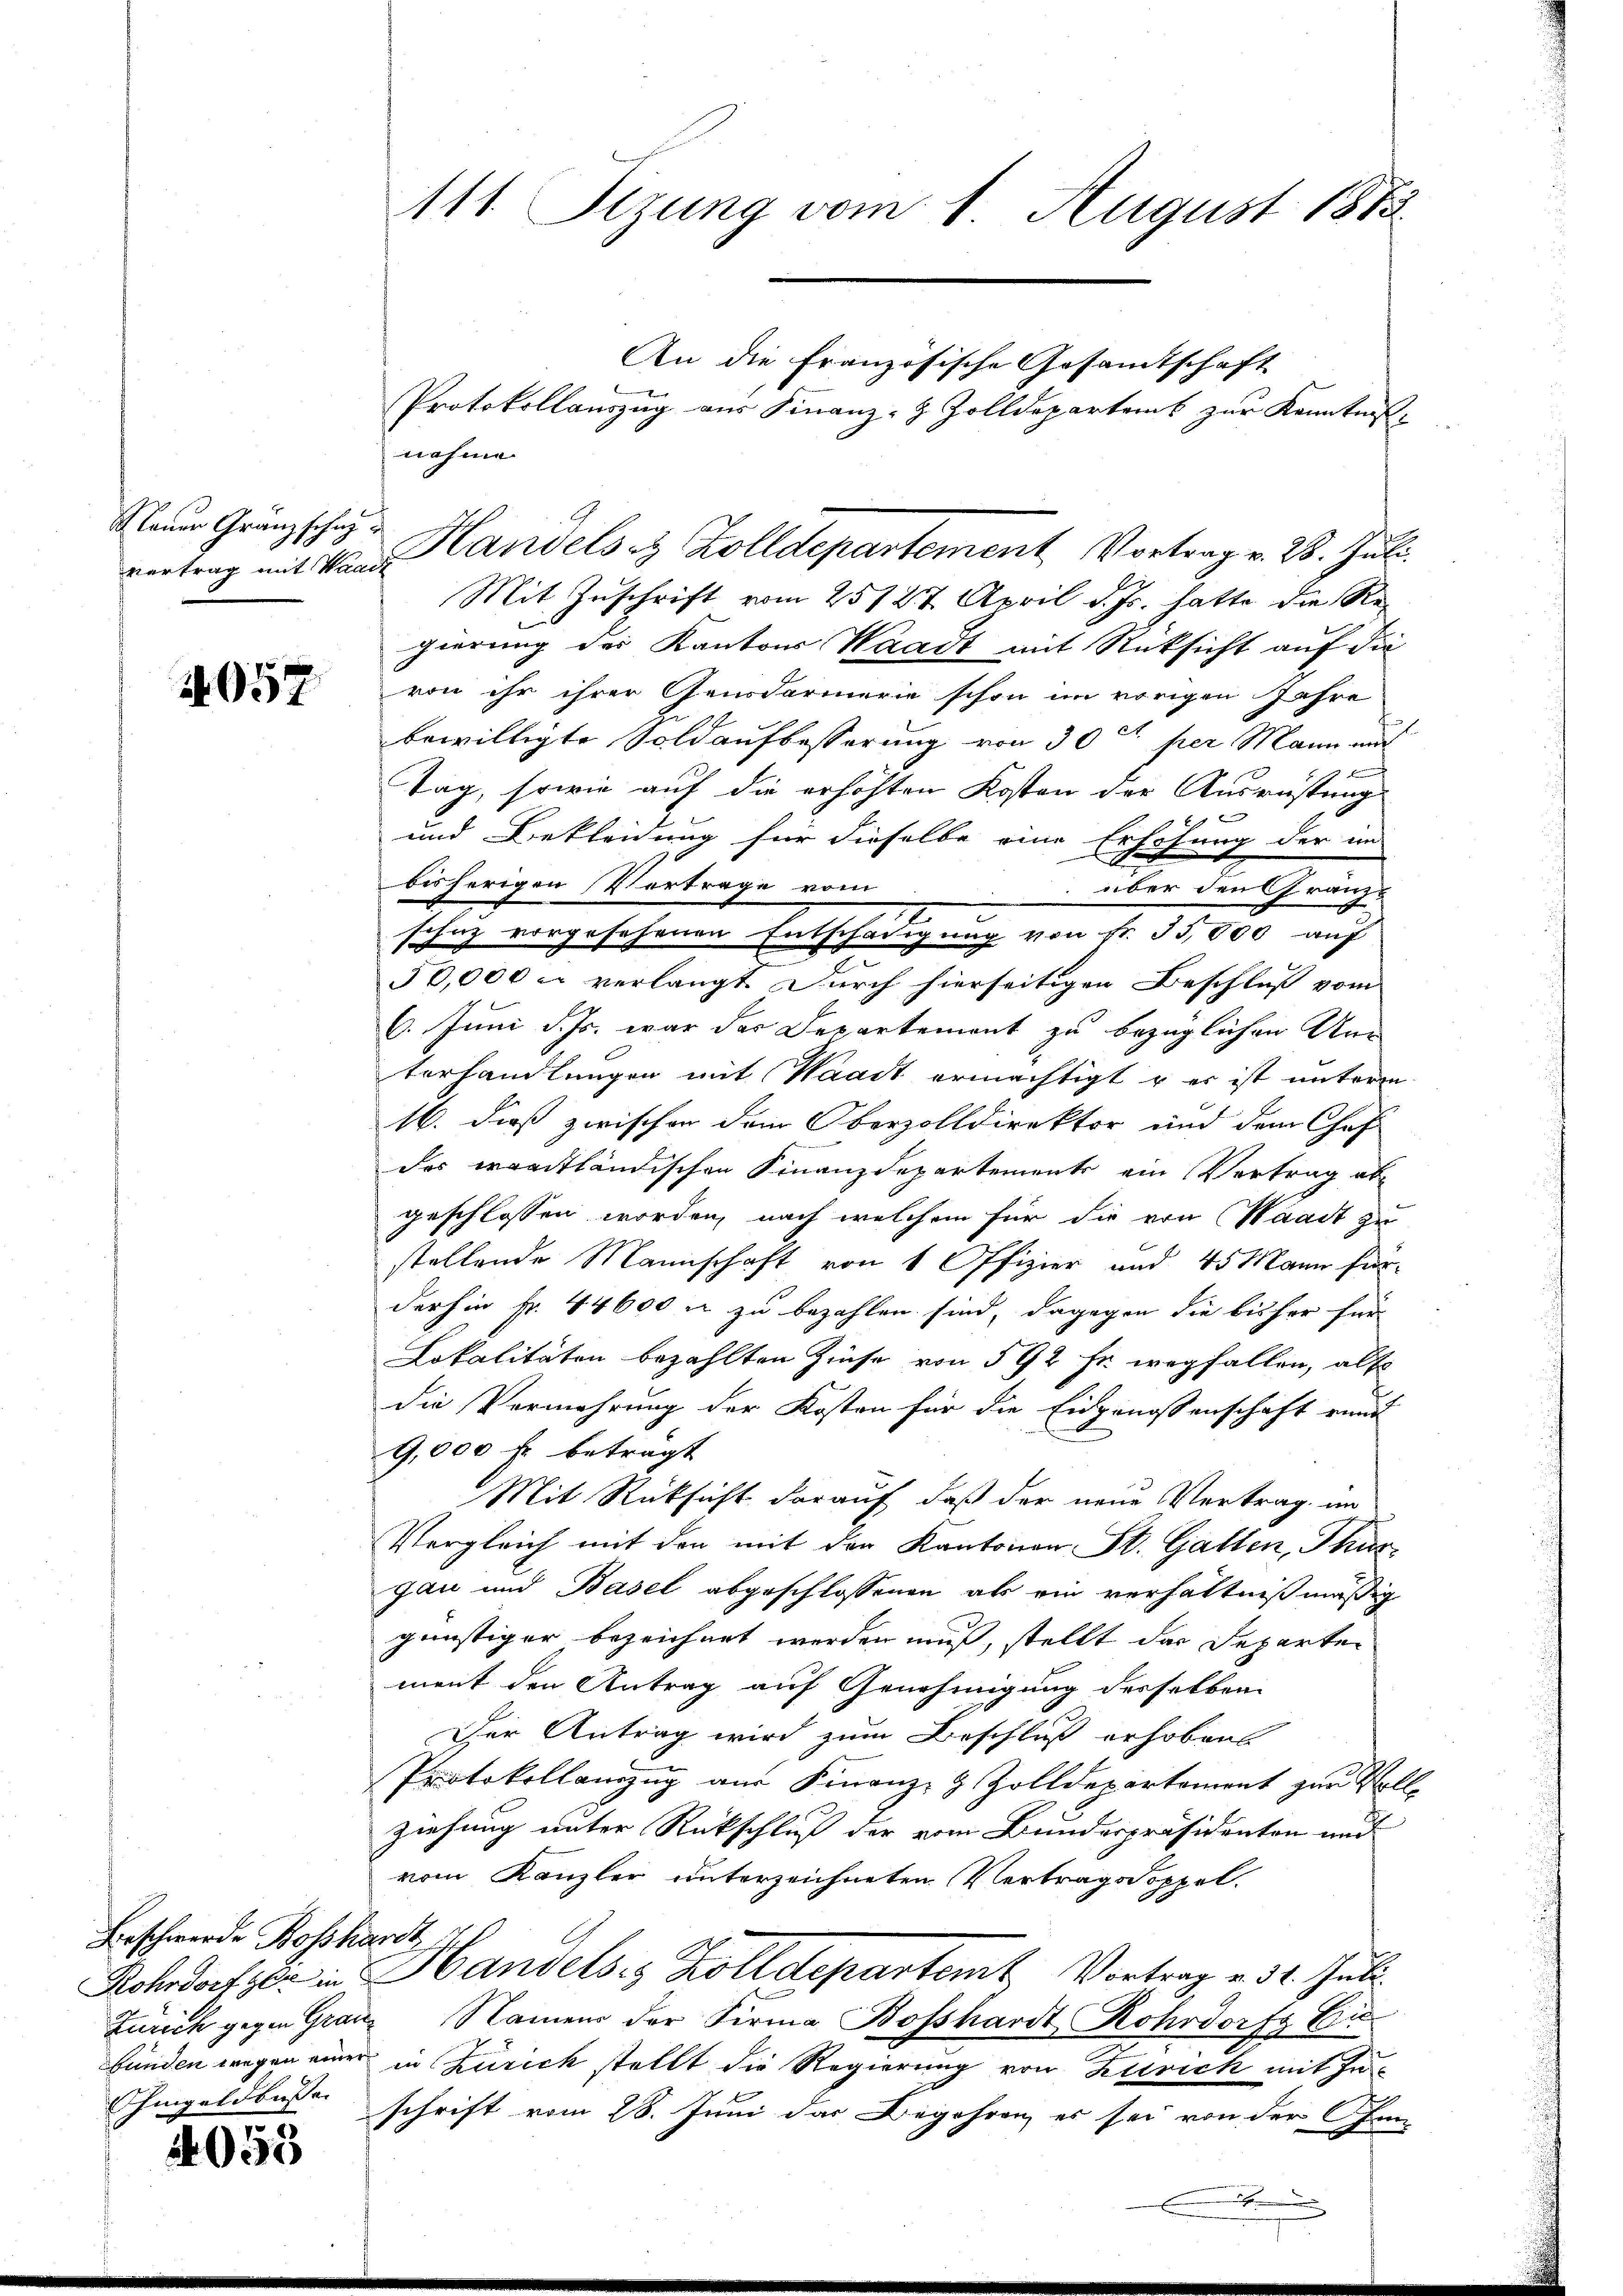
Nauer Gränz schaz

2057

Beschwerde Bossharr

4053

A11 Sizung vom 1. August 1813.

Mit Zuschrift vom 25127. April d. Js. hatte die Regierung der Kantons Waadt mit Rücksicht auf die
von ihr ihrer Gendarmerie schon im vorigen Jahre
bewilligte Soldaufbesserung von 30 tt per Mann mit
Demnach
Tag, sowie auf die erhöhten Kosten der Ausrüstung
und Bekleidung für dieselbe eine Erhöhung der im
bisherigen Vertrage vom
über den Gränzschaz vorgesehenen Entschädigung von Fr. 55,000 auf
50,000 c verlangt. Durch hierseitigen Beschluss vom
6. Juni d. Js. war der Departement zu bezüglichen Unterhandlungen mit Waadt ermächtigt u es ist unter
16. dieß zwischen dem Oberzolldirektor und dem Chef
des waadtländischen Finanzdepartements ein Vertrag abgeschlossen worden, nach welchem für die von Waadt zu
stellende Mannschaft von 1 Offizier und 45 Mann für
derhin fr. 44600 u zu bezahlen sind, dagegen die bisher für
Lokalitäten bezahlten Zinse von 592 fr. wegfallen, als
die Vermehrung der Kosten für die Eidgenossenschaft eines
9,000 f. beträgt
Mit Rücksicht darauf, daß der neue Vertrag, im
Vergleich mit den mit den Kantonen St. Gatten, Thür
gau und Basel abgeschlossenen als ein verhältnißmäßig
günstiger bezeichnet werden muß, stellt das Departen
ment den Antrag auf Genehmigung desselben
Der Antrag wird zum Beschluß erhoben
Protokollauszug aus Finanz- 9 Zolldepartement zur Voll-
ziehung unter Rückschluß der vom Bundespräsidenten und
vom Kanzler unterzeichneten Vertragsdoppel¬
Rohodorf er in Handelsis Kolldepartemt Vortrag v. 31. Juli
Zürich gegen Granz Namens der Firma Bosshardt Rohrdorf Eibunden wegen einer in Zürich stellt die Regierung von Zürich mit Inhingeldbuse schrift vom 28. Juni das Begehren, es sei von der Chan-

An die Französische Gesandtschaft
Protokollauszug aus Finanz- & Zolldepartems zur Kenntnis
nahme
vertrag mit Mann andels Zolldepartement Vortrag v. 28. Juli.